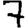
Digit: 7